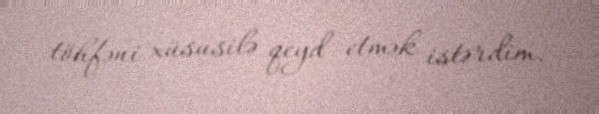
töhfəni xüsusilə qeyd etmək istərdim.